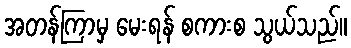
အတန်ကြာမှ မေးရန် စကားစ သွယ်သည်။